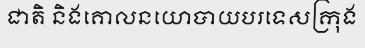
ជាតិ និងគោលនយោបាយបរទេសក្រុង